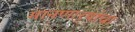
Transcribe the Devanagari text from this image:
मानणार्‍यांचा